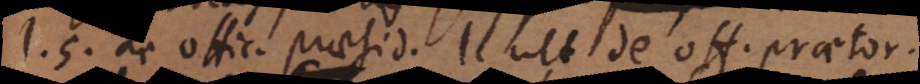
l. 5. de officio praesidis, l. ult. de officio praetorum.